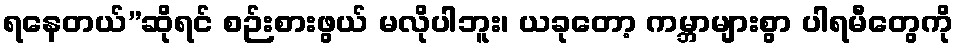
ရနေတယ်”ဆိုရင် စဉ်းစားဖွယ် မလိုပါဘူး၊ ယခုတော့ ကမ္ဘာများစွာ ပါရမီတွေကို